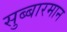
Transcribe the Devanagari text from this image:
सुब्बारमान